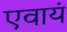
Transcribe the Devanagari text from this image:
एवायं